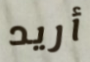
أريد